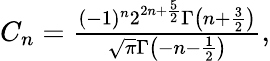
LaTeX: \begin{array}{r}{C_{n}=\frac{(-1)^{n}2^{2n+\frac{5}{2}}\Gamma\left(n+\frac{3}{2}\right)}{\sqrt{\pi}\Gamma\left(-n-\frac{1}{2}\right)},}\end{array}